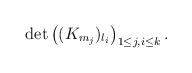
\begin{align*}\det\left( (K_{m_j})_{l_i}\right)_{1\le j,i\le k}.\end{align*}